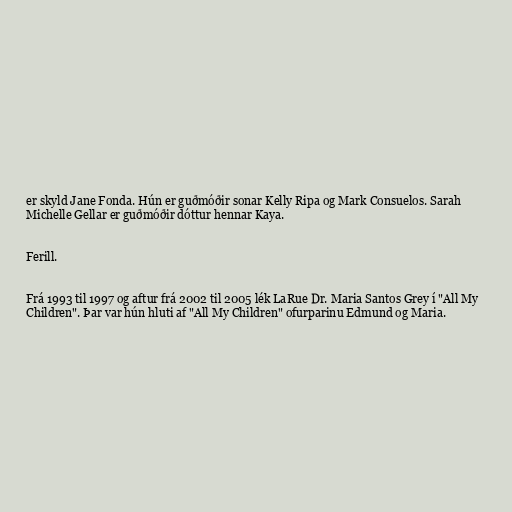
er skyld Jane Fonda. Hún er guðmóðir sonar Kelly Ripa og Mark Consuelos. Sarah
Michelle Gellar er guðmóðir dóttur hennar Kaya.

Ferill.

Frá 1993 til 1997 og aftur frá 2002 til 2005 lék LaRue Dr. Maria Santos Grey í "All My
Children". Þar var hún hluti af "All My Children" ofurparinu Edmund og Maria.